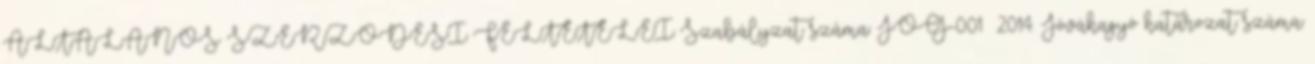
ÁLTALÁNOS SZERZŐDÉSI FELTÉTELEI Szabályzat száma: JOG-001 2014. Jóváhagyó határozat száma: